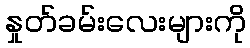
နှုတ်ခမ်းလေးများကို